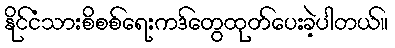
နိုင်ငံသားစိစစ်ရေးကဒ်တွေထုတ်ပေးခဲ့ပါတယ်။